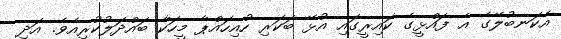
އެކަނބުލޭގެ އެ ފައްޅީގެ ކައިރީގައި އުޅޭ ބަކަރި ހުއިހައްޕާ މީހަކާ ބައްދަލުކުރިއެވެ. އަދި